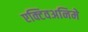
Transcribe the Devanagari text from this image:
एक्टिवअनिमे